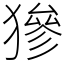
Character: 㺑